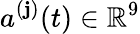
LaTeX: a^{(\mathbf{j})}(t)\in\mathbb{{R}}^{9}